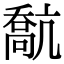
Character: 𠿕